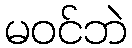
မဝင်ဘဲ